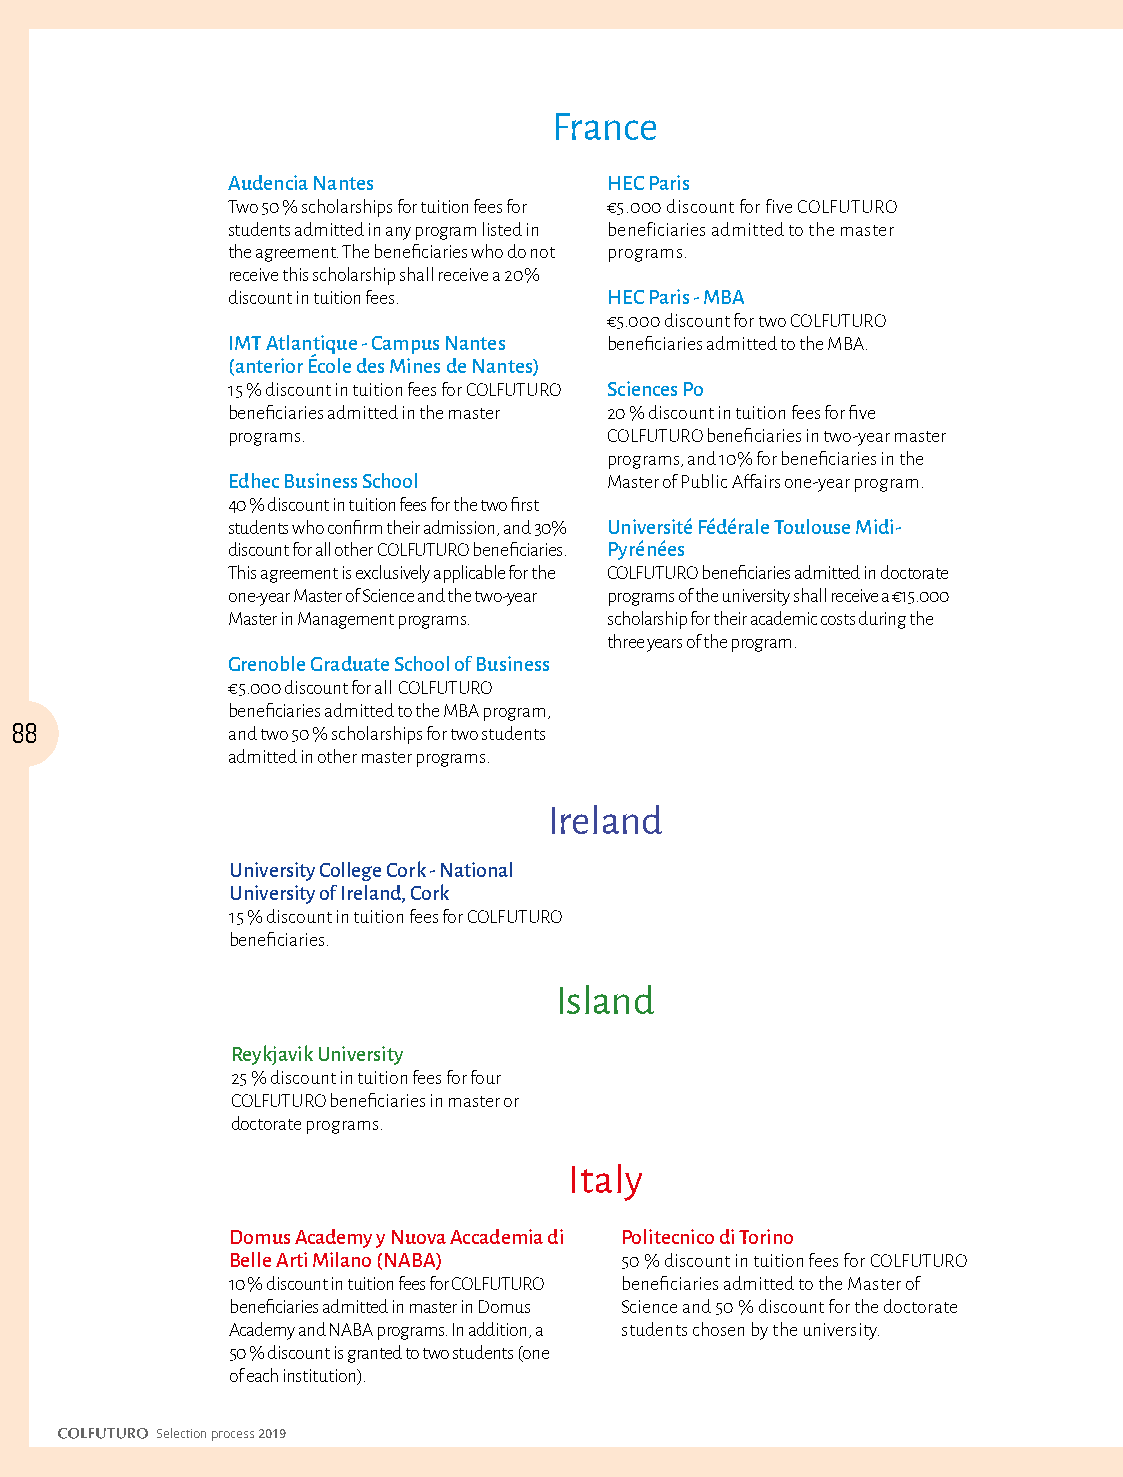
France
 Audencia Nantes          HEC Paris
 Two 50 % scholarships for tuition fees for €5.000 discount for five COLFUTURO
 students admitted in any program listed in beneficiaries admitted to the master
 the agreement. The beneficiaries who do not programs.
 receive this scholarship shall receive a 20%
 discount in tuition fees. HEC Paris - MBA
 €5.000 discount for two COLFUTURO
 IMT Atlantique - Campus Nantes beneficiaries admitted to the MBA.
 (anterior École des Mines de Nantes)
 15 % discount in tuition fees for COLFUTURO Sciences Po
 beneficiaries admitted in the master 20 % discount in tuition fees for five
 programs.                COLFUTURO beneficiaries in two-year master
 programs, and 10% for beneficiaries in the
 Edhec Business School    Master of Public Affairs one-year program.
 40 % discount in tuition fees for the two first
 students who confirm their admission, and 30% Université Fédérale Toulouse Midi-
 discount for all other COLFUTURO beneficiaries. Pyrénées
 This agreement is exclusively applicable for the COLFUTURO beneficiaries admitted in doctorate
 one-year Master of Science and the two-year programs of the university shall receive a €15.000
 Master in Management programs. scholarship for their academic costs during the
 three years of the program.
 Grenoble Graduate School of Business
 €5.000 discount for all COLFUTURO
 beneficiaries admitted to the MBA program,
 88            and two 50 % scholarships for two students
 admitted in other master programs.
 Ireland
 University College Cork - National
 University of Ireland, Cork
 15 % discount in tuition fees for COLFUTURO
 beneficiaries.
 Island
 Reykjavik University
 25 % discount in tuition fees for four
 COLFUTURO beneficiaries in master or
 doctorate programs.
 Italy
 Domus Academy y Nuova Accademia di Politecnico di Torino
 Belle Arti Milano (NABA)  50 % discount in tuition fees for COLFUTURO
 10 % discount in tuition fees for COLFUTURO beneficiaries admitted to the Master of
 beneficiaries admitted in master in Domus Science and 50 % discount for the doctorate
 Academy and NABA programs. In addition, a students chosen by the university.
 50 % discount is granted to two students (one
 of each institution).
 Selection process 2019